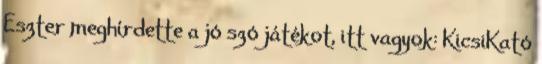
Eszter meghírdette a jó szó játékot, itt vagyok: KicsiKató